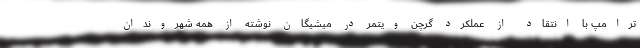
ترامپ با انتقاد از عملکرد گرچن ویتمر در میشیگان نوشته از همه شهروندان